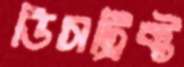
ডিসট্রিক্ট